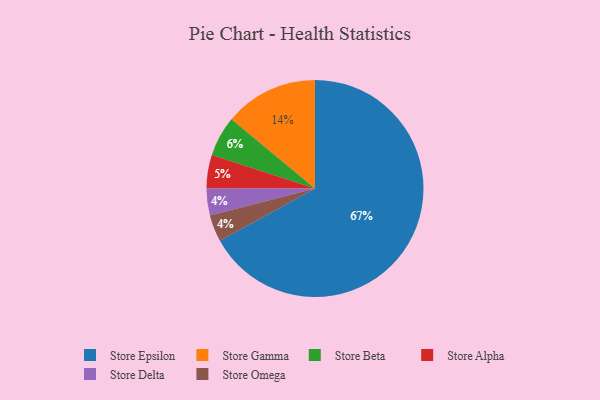
{"axis": {"x": "Category", "y": "Percentage"}, "legend": ["Store Alpha", "Store Beta", "Store Delta", "Store Epsilon", "Store Gamma", "Store Omega"], "data": [{"x": "Store Alpha", "y": 5, "type": "Store Alpha"}, {"x": "Store Epsilon", "y": 67, "type": "Store Epsilon"}, {"x": "Store Delta", "y": 4, "type": "Store Delta"}, {"x": "Store Omega", "y": 4, "type": "Store Omega"}, {"x": "Store Gamma", "y": 14, "type": "Store Gamma"}, {"x": "Store Beta", "y": 6, "type": "Store Beta"}]}